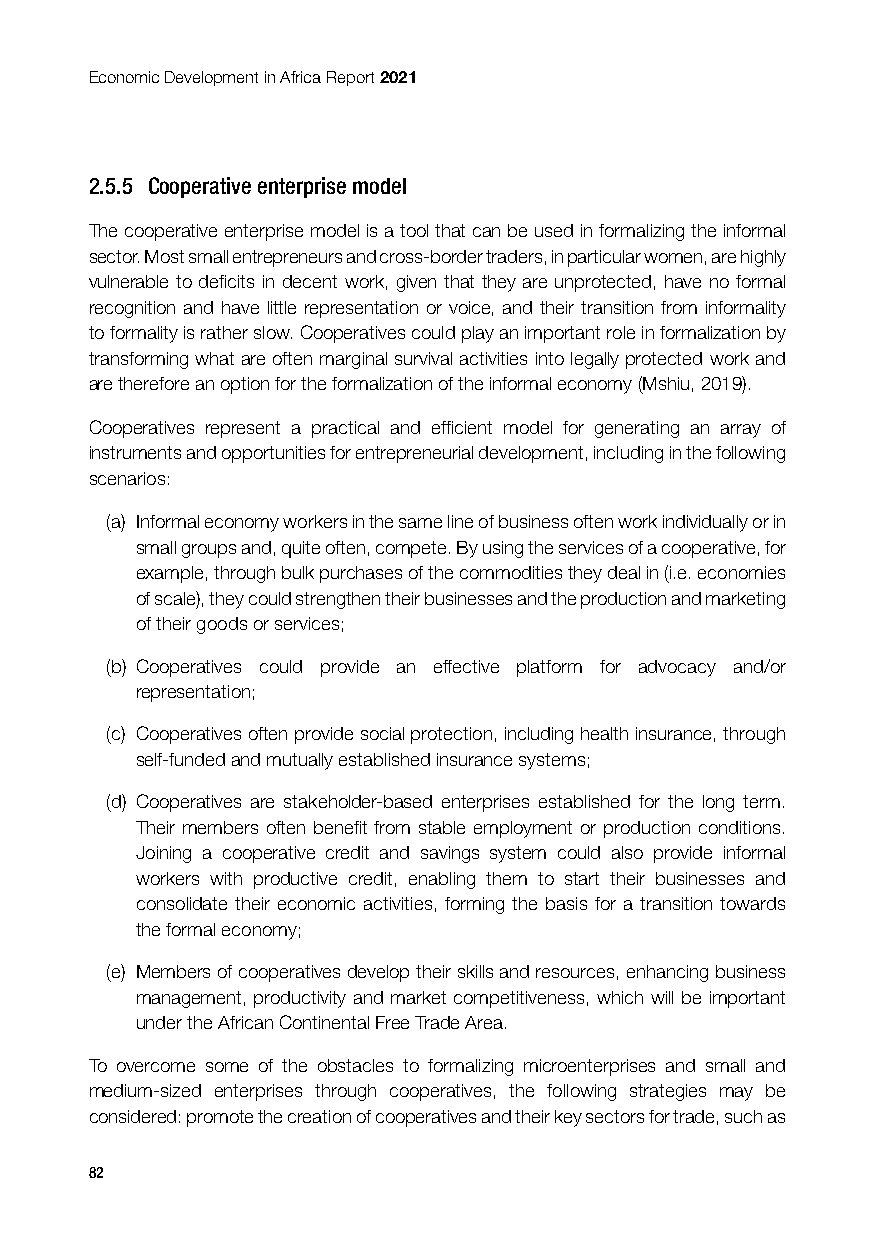
Economic Development in Africa Report 2021
 2.5.5 Cooperative enterprise model
 The cooperative enterprise model is a tool that can be used in formalizing the informal
 sector. Most small entrepreneurs and cross-border traders, in particular women, are highly
 vulnerable to deficits in decent work, given that they are unprotected, have no formal
 recognition and have little representation or voice, and their transition from informality
 to formality is rather slow. Cooperatives could play an important role in formalization by
 transforming what are often marginal survival activities into legally protected work and
 are therefore an option for the formalization of the informal economy (Mshiu, 2019).
 Cooperatives represent a practical and efficient model for generating an array of
 instruments and opportunities for entrepreneurial development, including in the following
 scenarios:
 (a) Informal economy workers in the same line of business often work individually or in
 small groups and, quite often, compete. By using the services of a cooperative, for
 example, through bulk purchases of the commodities they deal in (i.e. economies
 of scale), they could strengthen their businesses and the production and marketing
 of their goods or services;
 (b) Cooperatives could provide an effective platform for advocacy and/or
 representation;
 (c) Cooperatives often provide social protection, including health insurance, through
 self-funded and mutually established insurance systems;
 (d) Cooperatives are stakeholder-based enterprises established for the long term.
 Their members often benefit from stable employment or production conditions.
 Joining a cooperative credit and savings system could also provide informal
 workers with productive credit, enabling them to start their businesses and
 consolidate their economic activities, forming the basis for a transition towards
 the formal economy;
 (e) Members of cooperatives develop their skills and resources, enhancing business
 management, productivity and market competitiveness, which will be important
 under the African Continental Free Trade Area.
 To overcome some of the obstacles to formalizing microenterprises and small and
 medium-sized enterprises through cooperatives, the following strategies may be
 considered: promote the creation of cooperatives and their key sectors for trade, such as
 82